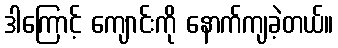
ဒါကြောင့် ကျောင်းကို နောက်ကျခဲ့တယ်။